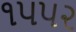
૧૫૫૨